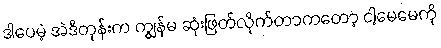
ဒါပေမဲ့ အဲဒီတုန်းက ကျွန်မ ဆုံးဖြတ်လိုက်တာကတော့ ငါ့မေမေကို